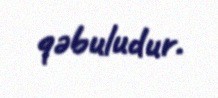
qəbuludur.